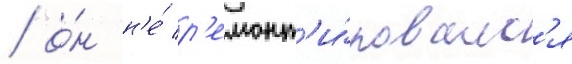
/ о́н н'е́ р'емонт'и́ровалс'я